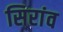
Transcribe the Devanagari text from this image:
सिरांव